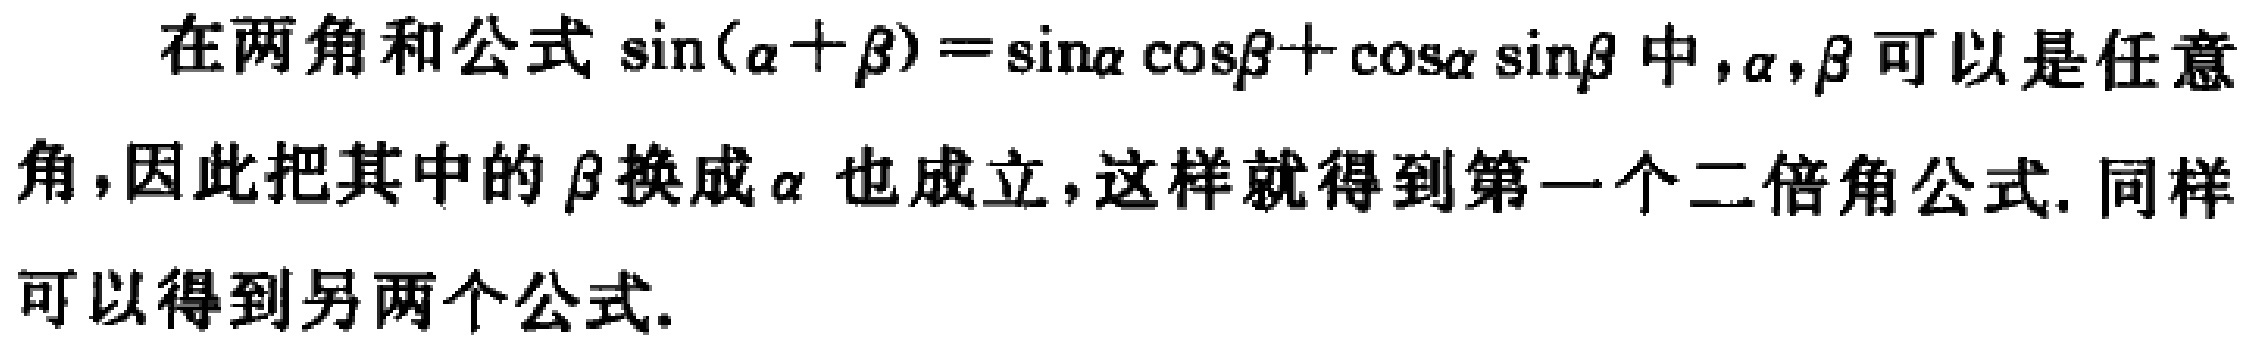
在两角和公式\(\sin(\alpha +\beta)=\sin\alpha\cos\beta+\cos\alpha\sin\beta\)中，\(\alpha,\beta\)可以是任意角，因此把其中的\(\beta\)换成\(\alpha\)也成立，这样就得到第一个二倍角公式. 同样可以得到另两个公式.